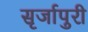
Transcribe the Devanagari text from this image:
सृर्जापुरी